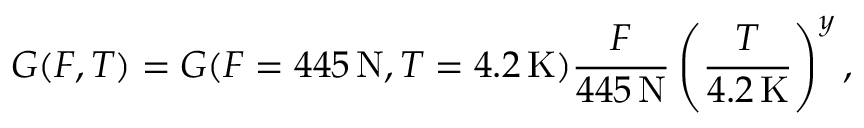
G ( F , T ) = G ( F = 4 4 5 \, \mathrm { N } , T = 4 . 2 \, \mathrm { K } ) \frac { F } { 4 4 5 \, \mathrm { N } } \left( \frac { T } { 4 . 2 \, \mathrm { K } } \right) ^ { y } ,